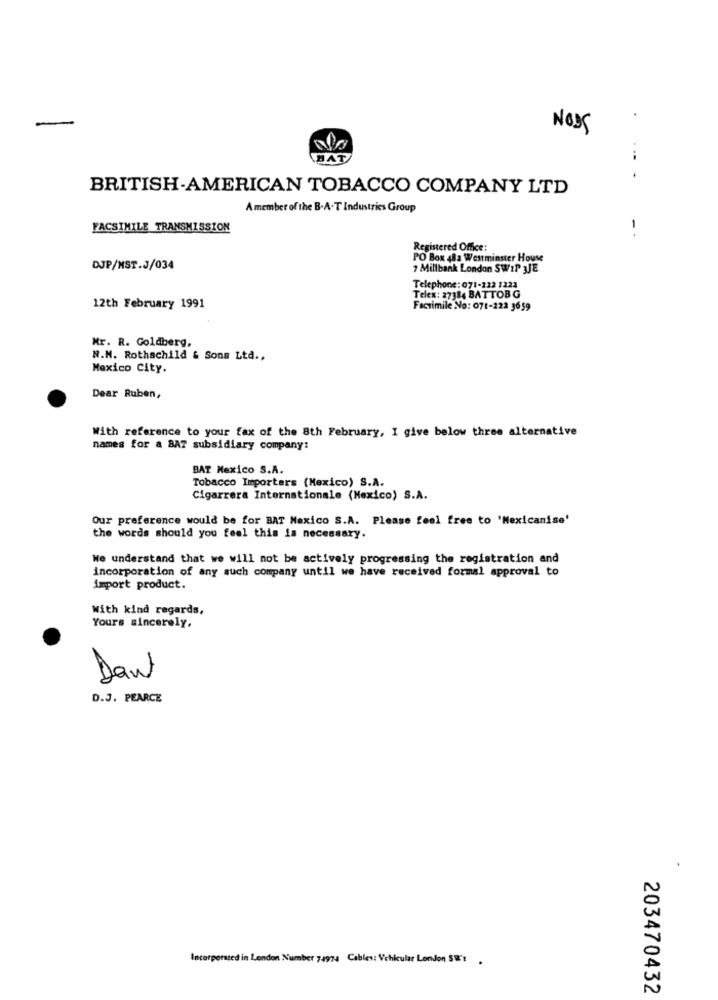
NOss
HAT
BRITISH-AMERICAN TOBACCO COMPANY LTD
A member of the B.A.T Industries Group
FACSIMILE TRANSMISSION
Registered Office:
PO Box 48z Westminster House
DJP/MST.J/034
7 Millbank London SWIP 3JE
Telephone: 071-222 1223
Telex: 27384 BATTOB G
12th February 1991
Facsimile No: 071-222 3659
Mr. R. Goldberg,
N.M. Rothschild & Sons Ltd .,
Mexico City.
Dear Ruben,
With reference to your fax of the 8th February, I give below three alternative
names for a BAT subsidiary company:
BAT Mexico S.A.
Tobacco Importers (Mexico) S.A.
Cigarrera Internationale (Mexico) S.A.
Our preference would be for BAT Mexico S.A. Please feel free to 'Mexicanise'
the words should you feel this is necessary.
We understand that we will not be actively progressing the registration and
incorporation of any such company until we have received formal approval to
import product.
With kind regards,
Yours sincerely,
Dant
D.J. PEARCE
Incorporated in London Number 74974 Cables: Vehicular London SW'! .
203470432